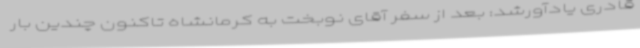
قادری یادآورشد: بعد از سفر آقای نوبخت به کرمانشاه تاکنون چندین بار